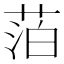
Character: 萡